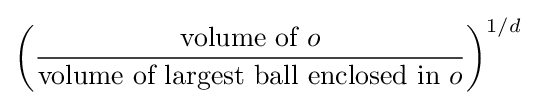
\left({\frac {{\text{volume of}}\ o}{{\text{volume of largest  ball enclosed in}}\ o}}\right)^{1/d}